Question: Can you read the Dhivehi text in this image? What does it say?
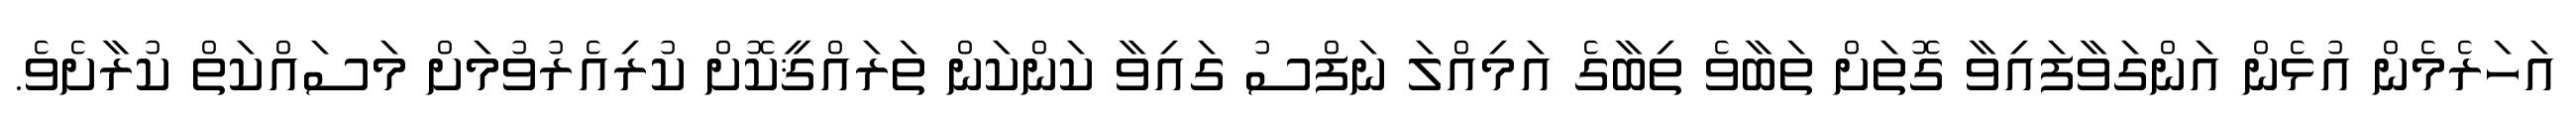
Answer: އަހަރެމެން އުޅެން އަންގަވާފައިވާ ގޮތަށް ތަބާވެ ތިބާގެ އަމިއްލަ ނަފްސު ގައިވާ ކަންކަން ތަރައްޤީކޮށް ކުރިއެރުވުމަށް މަސައްކަތް ކުރާށެވެ.